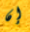
إن